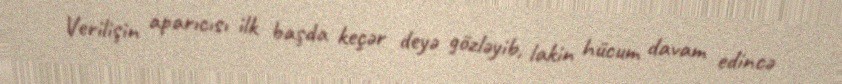
Verilişin aparıcısı ilk başda keçər deyə gözləyib, lakin hücum davam edincə